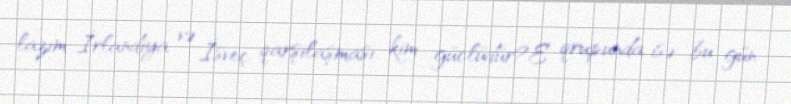
lazım...İrlandiya və İsveç qarşılaşması: kim güclüdür?E qrupunda isə bu gün